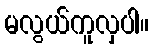
မလွယ်ကူလှပါ။